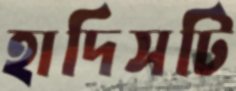
হাদিসটি